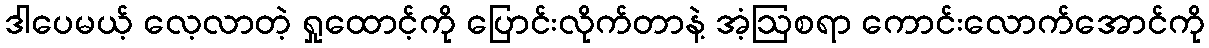
ဒါပေမယ့် လေ့လာတဲ့ ရှုထောင့်ကို ပြောင်းလိုက်တာနဲ့ အံ့ဩစရာ ကောင်းလောက်အောင်ကို